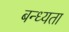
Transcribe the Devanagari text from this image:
बन्ध्यता